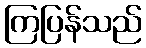
ကြပြန်သည်